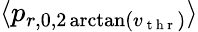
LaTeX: \langle p_{r,0,2\arctan(v_{\mathrm{~t~h~r~}})}\rangle